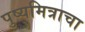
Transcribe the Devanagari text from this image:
पुष्यमित्राचा